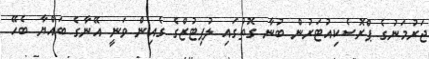
ޖަރުމަނުގެ ޕްރޮސެކިއުޓަރުން ބުނާ ގޮތުގައި ލުޕިޓުޒްގެ ގެއިން ވަނީ އޭނާގެ ބައްޔާ ބެހޭ